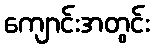
ကျောင်းအတွင်း